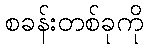
စခန်းတစ်ခုကို